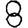
Digit: 8